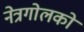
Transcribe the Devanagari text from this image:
नेत्रगोलकों